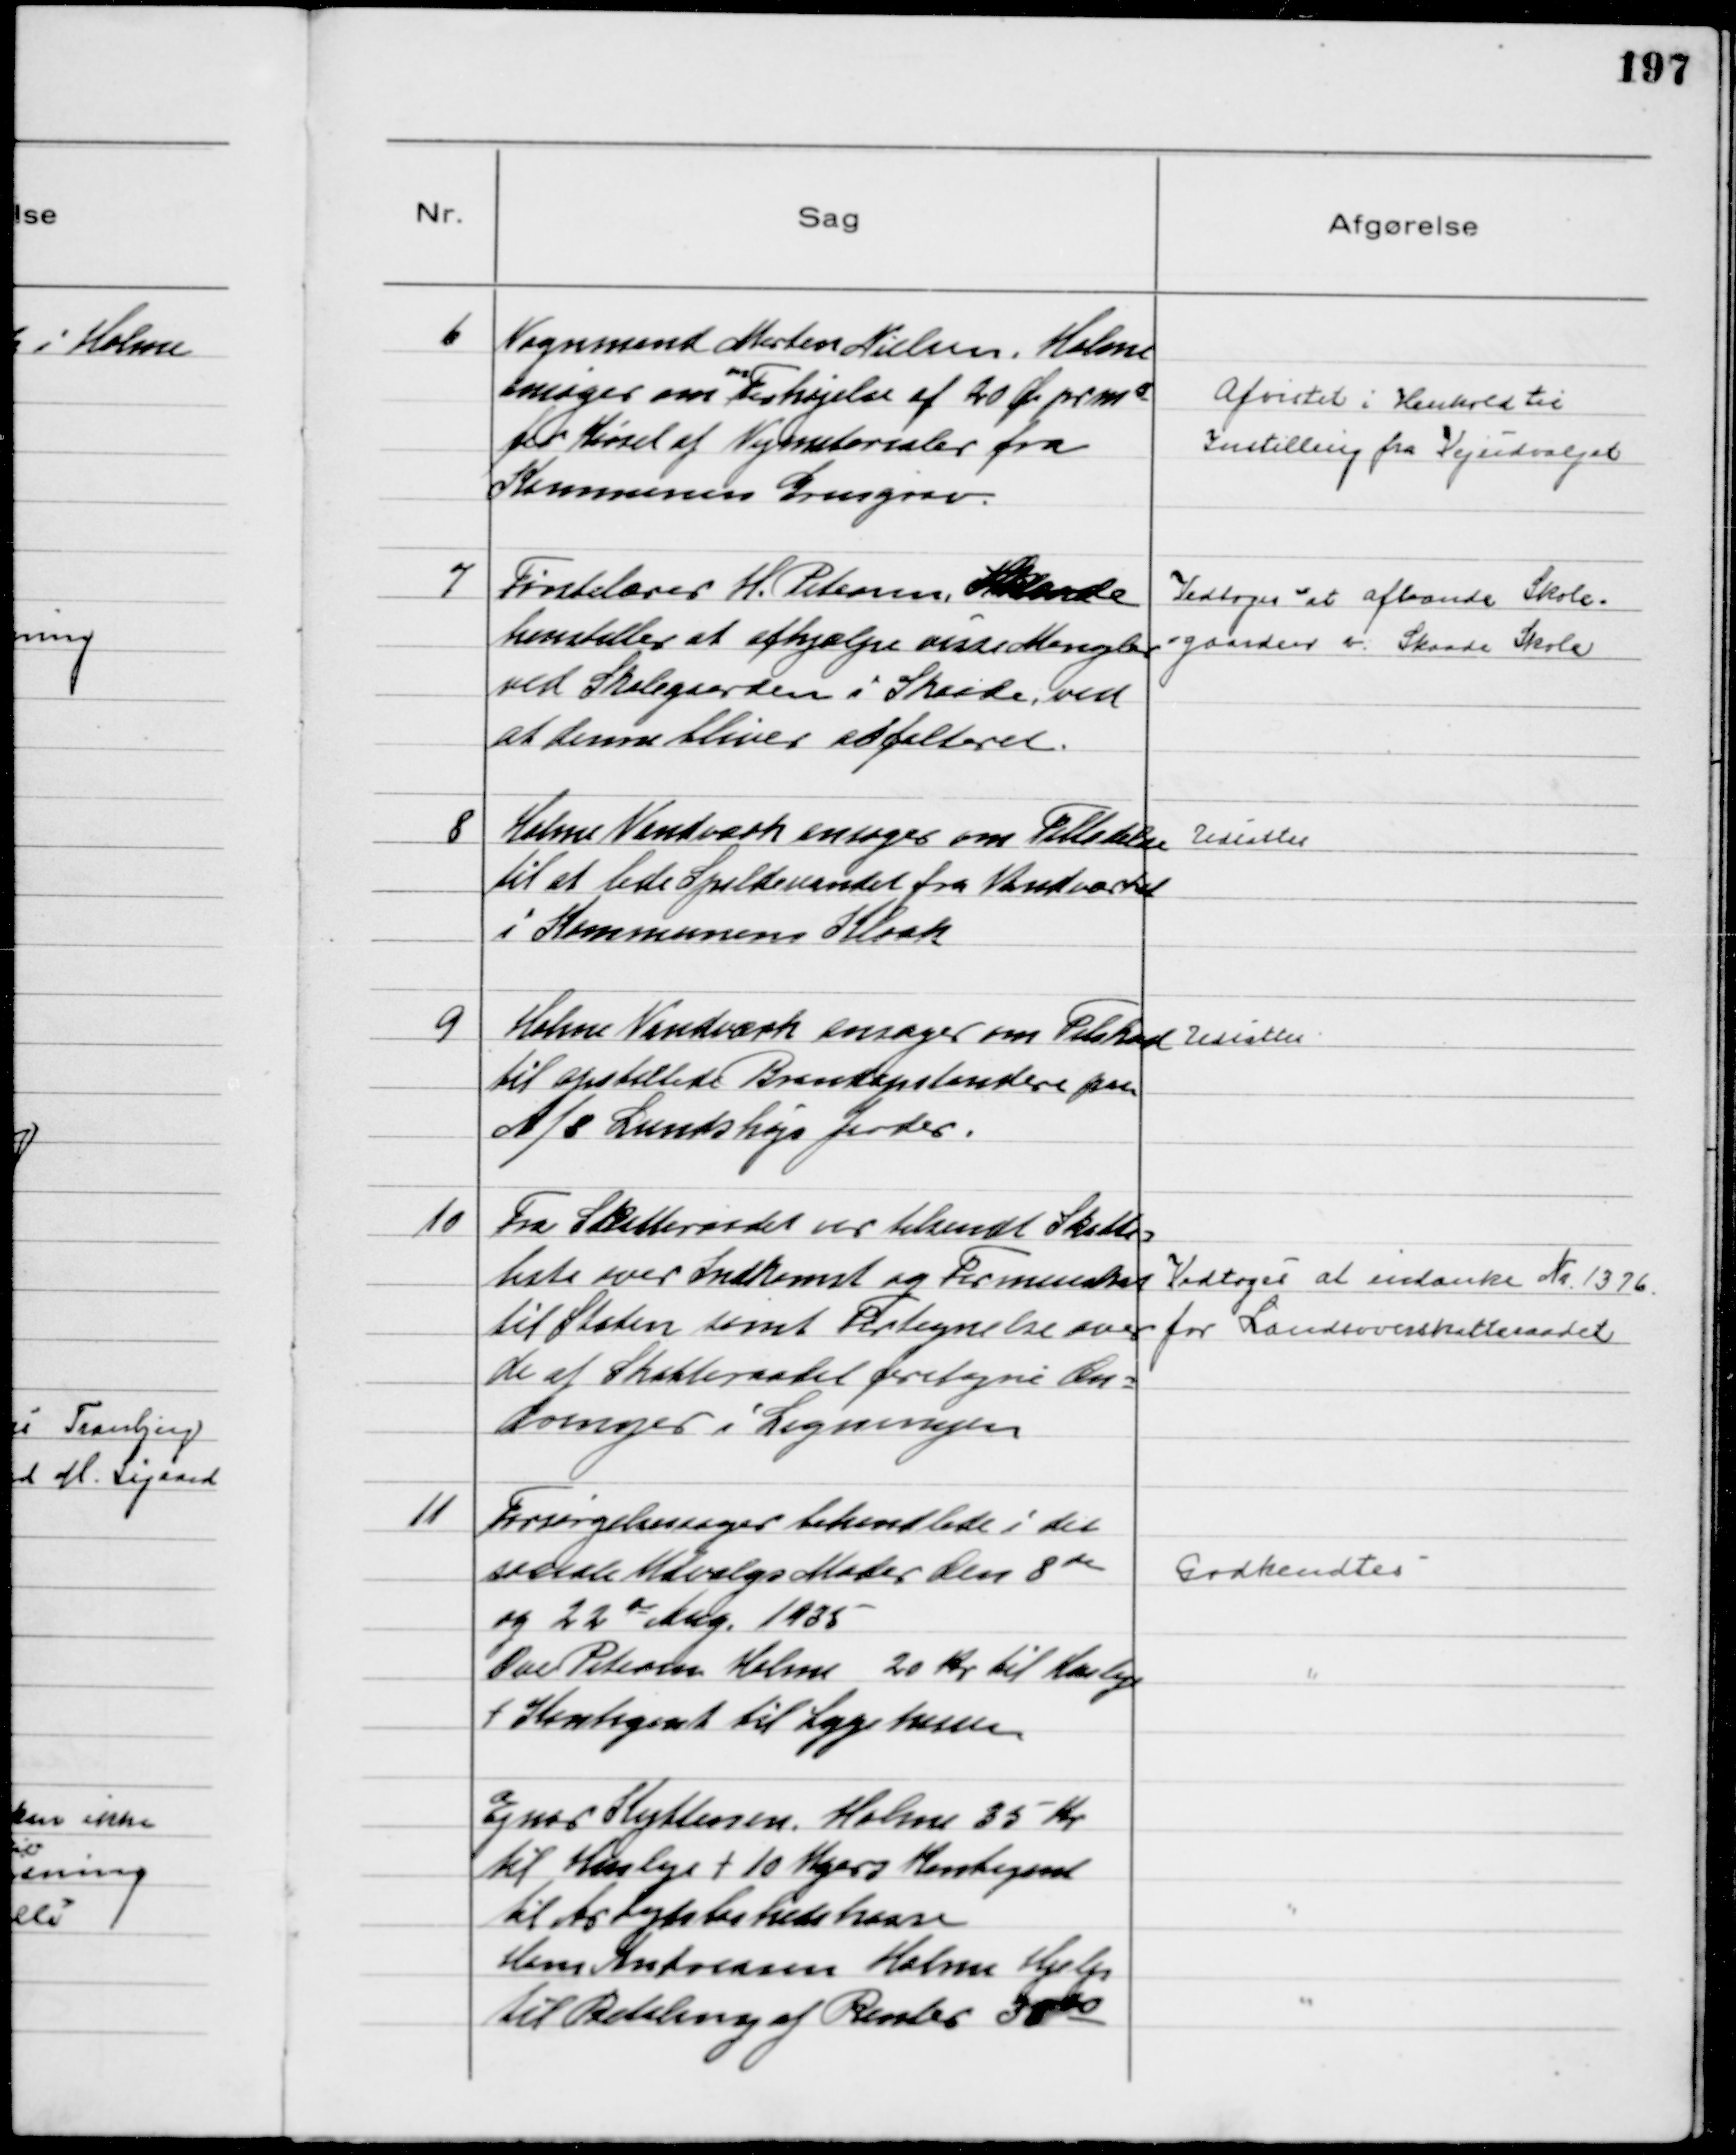
Transskription:
6
Vognmand Morten Nielsen, Holme
ansøger om 
en
Forhøjelse af 20 Øre pr m3
for Kørsel af Vejmaterialer fra
Kommunens Grusgrav.

Afvistet i Henhold til
Instilling fra Vejudvalget

7
Førstelærer H. Petersen, Skaade
henstiller at afhjælpe visse Mangler
ved Skolegaarden i Skaade, ved
at denne bliver asfalteret.

Vedtoges at afvande Skole-
-gaarden v. Skaade Skole

8
Holme Vandværk ansøger om Tilladelse
til at lede Spildevandet fra Vandværket
i Kommunens Kloak

Udsattes

9
Holme Vandværk ansøger om Tilskud
til opstaltede Brandopstandere paa
A/S Lundshøjs Jorder.

Udsattes

10
Fra Skatteraadet var tilsendt Skatte=
liste over Indkomst og Formueskat
til Staten samt Fortegnelse over
de af Skatteraadet foretagne Æn=
dringer i Ligningen
Vedtoges at indanke Nr 1376
for Landsoverskatteraadet

11
Forsørgelsessager behandlede i det
sociale Udvalgs Møder den 8de
og 22 de Aug 1935
Ove Petersen Holme 20 Kr til Husleje
+ Kontigent til Sygekassen

Ejner Kyttenen, Holme 35 Kr
til Husleje + 10 Ugers Kontigent
til Arbejdsløshedskasse
Hans Andreasen Holme Hjælp
til Betaling af Renter 38 00

Godkendtes